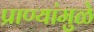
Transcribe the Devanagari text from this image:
प्राण्यांमुळे